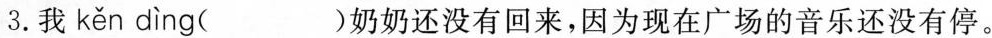
3.我 kěn dìng ( )奶奶还没有回来，因为现在广场的音乐还没有停。